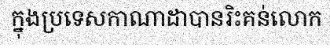
ក្នុងប្រទេសកាណាដាបានរិះគន់លោក